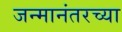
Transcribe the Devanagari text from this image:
जन्मानंतरच्या